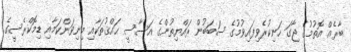
ބާރެއް އޮތުމުގެ ޖާގަ ހަނިކުރެވިފައިވުމުގެ ސަބަބުން ރައްޔިތުންގެ އަސާސީ ޙައްޤުތަކާއި މިނިވަންކަމާއި ޑިމޮކްރެސީގެ